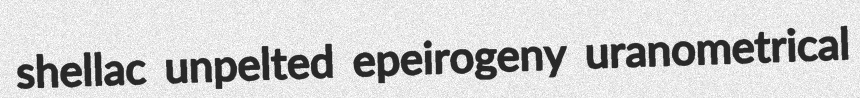
shellac unpelted epeirogeny uranometrical